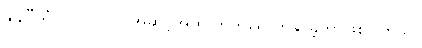
ချန်ပီယံလိဂ်ဗိုလ်လုပွဲအဆင့်အထိ တက်ရောက်နိုင်ခဲ့တာဖြစ်ပါတယ်။